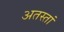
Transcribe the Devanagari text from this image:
अतस्तां